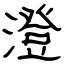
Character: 澄